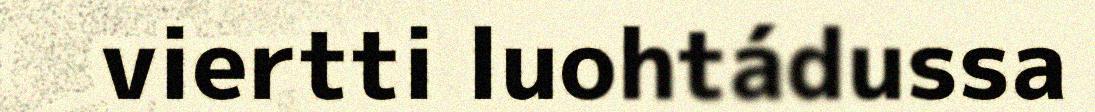
viertti luohtádussa